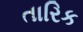
તારિક